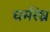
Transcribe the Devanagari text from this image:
घर्मरंध्र